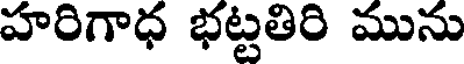
హరిగాధ భట్టతిరి మును